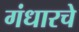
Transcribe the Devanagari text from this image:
गंधारचे